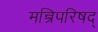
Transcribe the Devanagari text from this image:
मन्त्रिपरिषद्‍